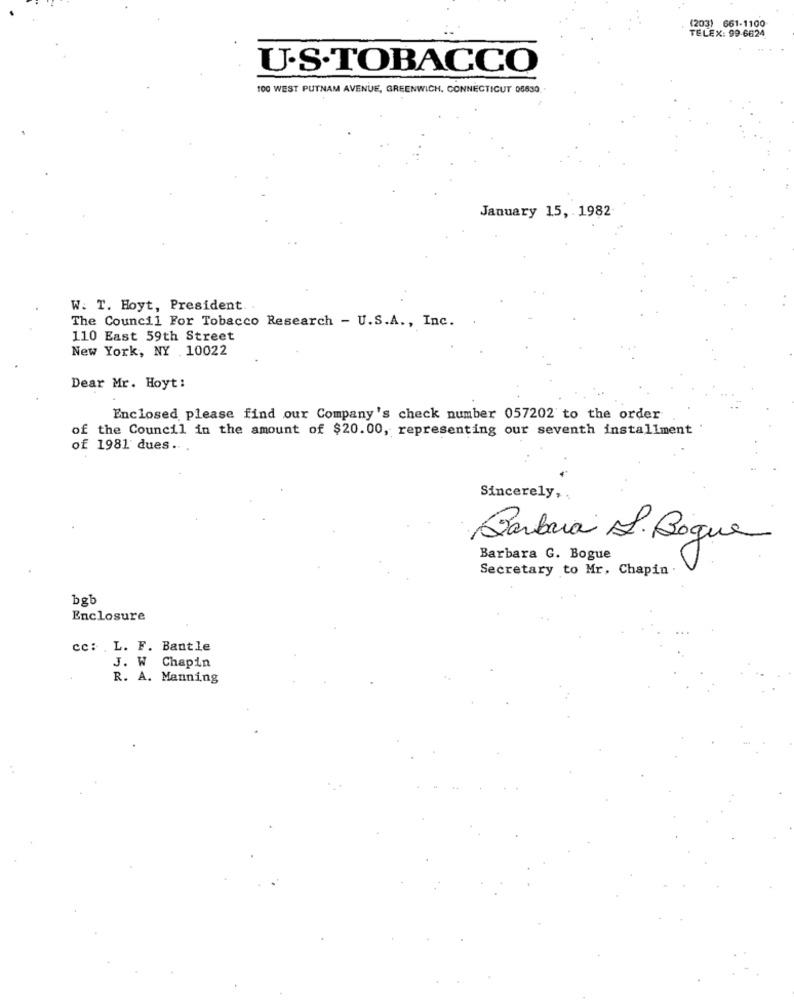
(203) 661-1100
TELEX: 99-6624
U.S.TOBACCO
100 WEST PUTNAM AVENUE, GREENWICH, CONNECTICUT 06630
January 15, 1982
W. T. Hoyt, President
The Council For Tobacco Research - U.S.A ., Inc.
110 East 59th Street
New York, NY 10022
Dear Mr. Hoyt:
Enclosed please find our Company's check number 057202 to the order
of the Council in the amount of $20.00, representing our seventh installment
of 1981 dues ..
Sincerely,
Barbara L. Bogus
Barbara G. Bogue
Secretary to Mr, Chapin .
bgb
Enclosure
cc: . L. F. Bantle
J. W Chapin
R. A. Manning